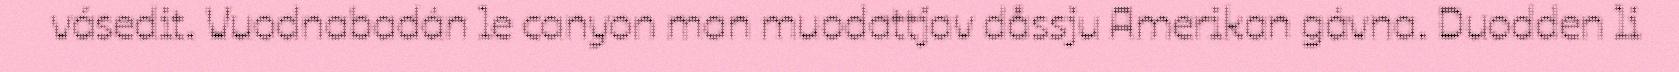
vásedit. Vuodnabadán le canyon man muodattjav dåssju Amerikan gávna. Duodden li